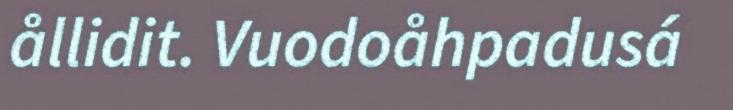
ållidit. Vuodoåhpadusá